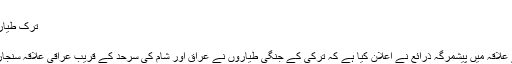
یہ …
ترک طیاروں کی عراق کے علاقہ سنجار میں بمباری
اپریل 25, 2017	487
بغداد (مانیٹرنگ ڈیسک )عراق کردستان کے علاقہ میں پیشمرگہ ذرائع نے اعلان کیا ہے کہ ترکی کے جنگی طیاروں نے عراق اور شام کی سرحد کے قریب عراقی علاقہ سنجار پرکردوں کے ٹھکانوں پر بمباری کی ہے۔